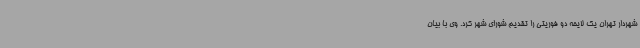
شهردار تهران یک لایحه دو فوریتی را تقدیم شورای شهر کرد. وی با بیان